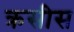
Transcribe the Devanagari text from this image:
क्रसीस